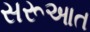
સરૂઆત